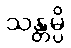
သန္တမ္ပိ